Scottish Leaving Certificate Examination, 1958
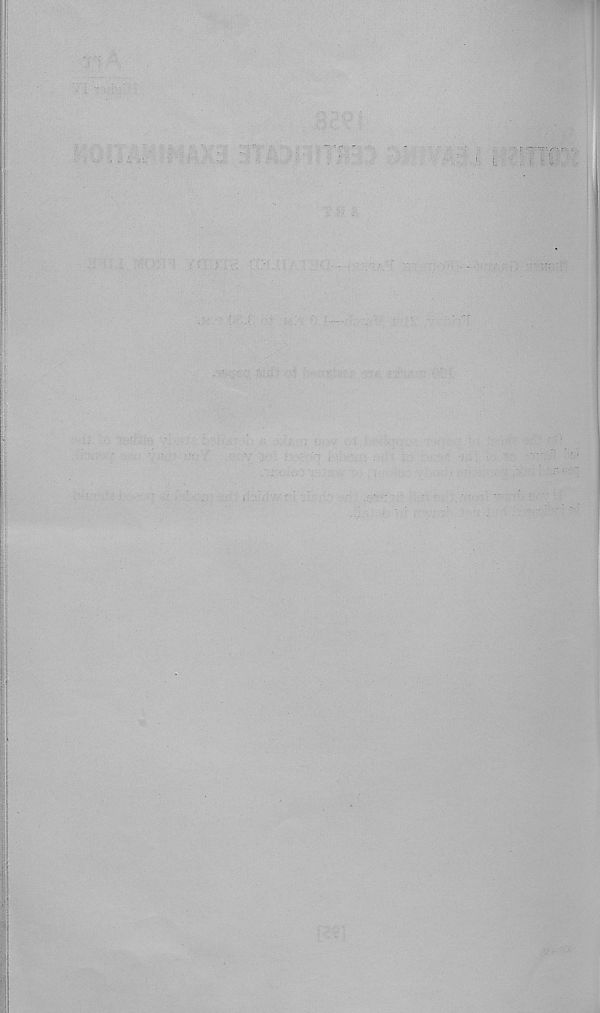
y'i-! uv.y' ; i:
i . ■ • ' '
' '